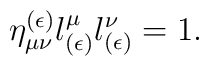
\eta_{\mu\nu}^{(\epsilon)}l^\mu_{(\epsilon)}l^\nu_{(\epsilon)}=1.